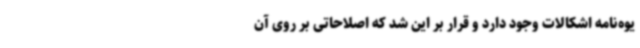
یوه‌نامه اشکالات وجود دارد و قرار بر این شد که اصلاحاتی بر روی آن